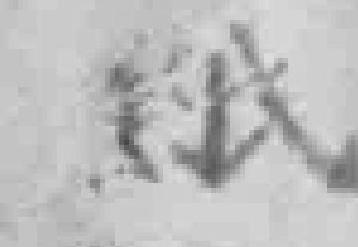
紙